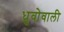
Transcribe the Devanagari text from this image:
ध्रुवोवाली